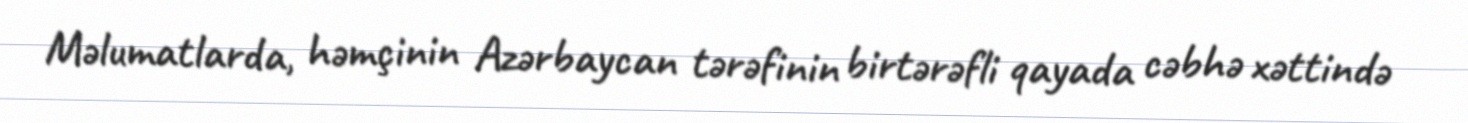
Məlumatlarda, həmçinin Azərbaycan tərəfinin birtərəfli qayada cəbhə xəttində